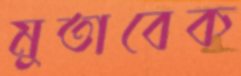
মুতাবেক